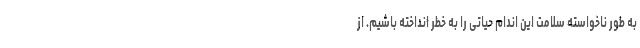
به طور ناخواسته سلامت این اندام حیاتی را به خطر انداخته باشیم. از